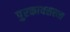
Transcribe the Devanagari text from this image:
पुरकायसस्था